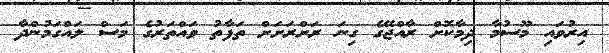
އިރުވައި މޫސުމާ ދިމާކޮށް ރާއްޖޭގެ ގިނަ ރަށްރަށަށް ތަފާތު ވައްތަރުގެ މަސް ލައްގަމުންދާ